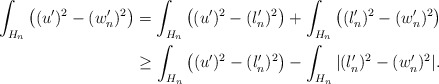
\begin{align*}\int_{H_n} \left((u')^2 - (w_n')^2 \right)& = \int_{H_n} \left((u')^2 - (l_n')^2 \right)+ \int_{H_n}\left((l_n')^2 - (w_n')^2 \right)\\& \geq \int_{H_n} \left( (u')^2 - (l_n')^2 \right) - \int_{H_n} |(l_n')^2 - (w_n')^2| .\end{align*}